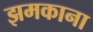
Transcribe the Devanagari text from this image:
झमकाना